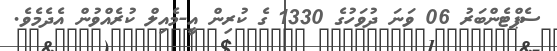
ސެޕްޓެންބަރު 06 ވަނަ ދުވަހުގެ 1330 ގެ ކުރިން އީ-މެއިލް ކުރެއްވުން އެދެމެވެ.